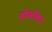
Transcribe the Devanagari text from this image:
सोबतीतच